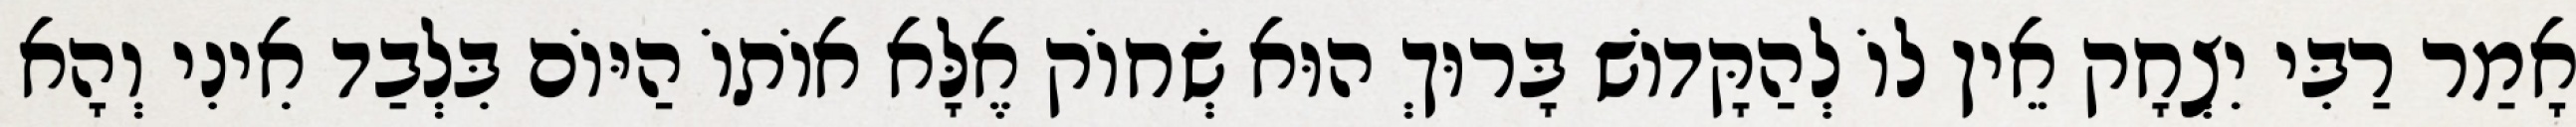
אָמַר רַבִּי יִצְחָק אֵין לוֹ לְהַקָּדוֹשׁ בָּרוּךְ הוּא שְׂחוֹק אֶלָּא אוֹתוֹ הַיּוֹם בִּלְבַד אִינִי וְהָא